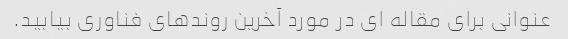
عنوانی برای مقاله ای در مورد آخرین روندهای فناوری بیابید.